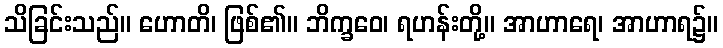
သိခြင်းသည်။ ဟောတိ၊ ဖြစ်၏။ ဘိက္ခဝေ၊ ရဟန်းတို့။ အာဟာရေ၊ အာဟာရ၌။